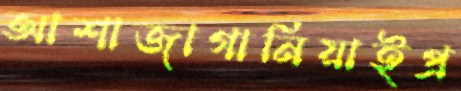
আশাজাগানিয়াইপ্র